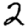
Digit: 2